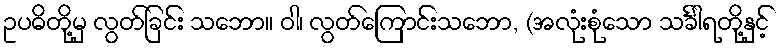
ဥပဓိတို့မှ လွတ်ခြင်း သဘော။ ဝါ၊ လွတ်ကြောင်းသဘော, (အလုံးစုံသော သင်္ခါရတို့နှင့်